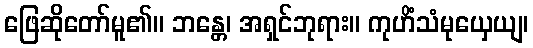
ဖြေဆိုတော်မူ၏။ ဘန္တေ၊ အရှင်ဘုရား။ ကုဟိံသံမုယှေယျ၊